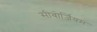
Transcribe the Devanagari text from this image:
सीबोर्जियम